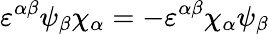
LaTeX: \varepsilon^{\alpha\beta}\psi_{\beta}\chi_{\alpha}=-\varepsilon^{\alpha\beta}\chi_{\alpha}\psi_{\beta}